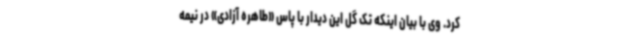
کرد. وی با بیان اینکه تک گل این دیدار با پاس «طاهره آزادی» در نیمه